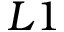
{ L 1 }